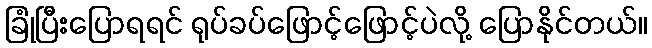
ခြုံပြီးပြောရရင် ရုပ်ခပ်ဖြောင့်ဖြောင့်ပဲလို့ ပြောနိုင်တယ်။